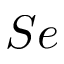
S e